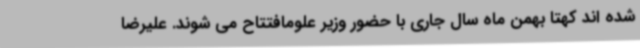
شده اند کهتا بهمن ماه سال جاری با حضور وزیر علومافتتاح می شوند. علیرضا